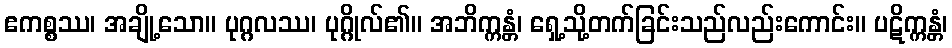
ဧကစ္စဿ၊ အချို့သော။ ပုဂ္ဂလဿ၊ ပုဂ္ဂိုလ်၏။ အဘိက္ကန္တံ၊ ရှေ့သို့တက်ခြင်းသည်လည်းကောင်း။ ပဋိက္ကန္တံ၊